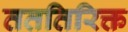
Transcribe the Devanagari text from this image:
तततिरिक्त